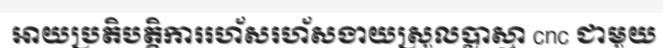
អាយប្រតិបត្តិការរហ័សរហ័សងាយស្រួលប្លាស្មា cnc ជាមួយ